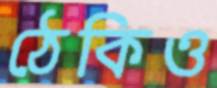
ঠেকিও